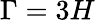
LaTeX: \Gamma=3H